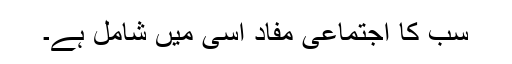
سب کا اجتماعی مفاد اسی میں شامل ہے۔